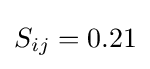
S_{ij}=0.21